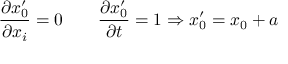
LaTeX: { \frac { \partial x _ { 0 } ^ { \prime } } { \partial x _ { i } } } = 0 \qquad { \frac { \partial x _ { 0 } ^ { \prime } } { \partial t } } = 1 \Rightarrow x _ { 0 } ^ { \prime } = x _ { 0 } + a